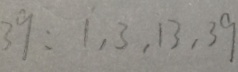
3 9 : 1 , 3 , 1 3 , 3 9